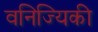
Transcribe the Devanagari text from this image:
वनिज्यिकी